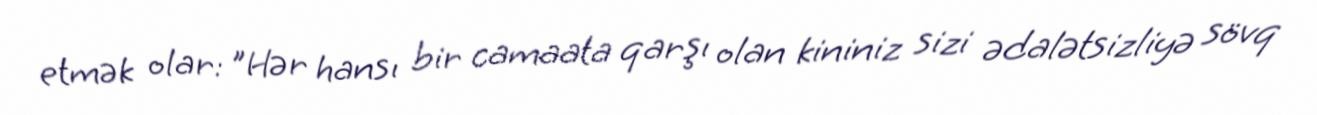
etmək olar: "Hər hansı bir camaata qarşı olan kininiz sizi ədalətsizliyə sövq